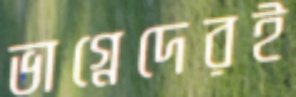
ভাগ্নেদেরই